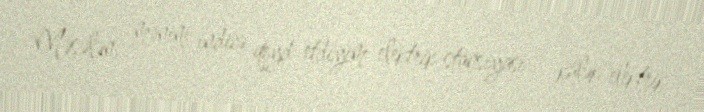
Məsələn, mənim indicə qeyd etdiyim elektrik stansiyası – külək elektrik